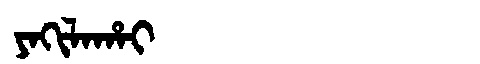
Manchu: ᠶᠠᡴᡳᠯᠠᡥᠠᡳ
Romanization: YAKILAHAI